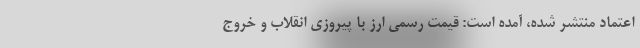
اعتماد منتشر شده، آمده است: قیمت رسمی ارز با پیروزی انقلاب و خروج